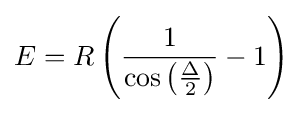
E=R\left({\frac {1}{\cos \left({\frac {\Delta }{2}}\right)}}-1\right)